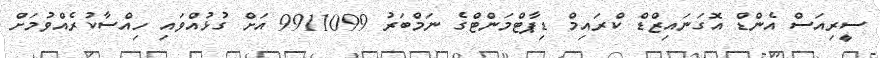
ސީރިއަސް އެންޑް އޮގަނައިޒްޑް ކްރައިމް ޑިޕާޓްމަންޓްގެ ނަމްބަރު 9911099 އަށް ގުޅުއްވައި ހިއްސާކުރެއްވުމަށް